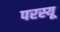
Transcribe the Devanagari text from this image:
परस्यू